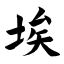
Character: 埃